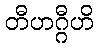
တီဟဂ္ဂီဟိ